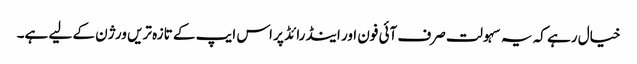
خیال رہے کہ یہ سہولت صرف آئی فون اور اینڈرائڈ پر اس ایپ کے تازہ تریں ورژن کے لیے ہے۔